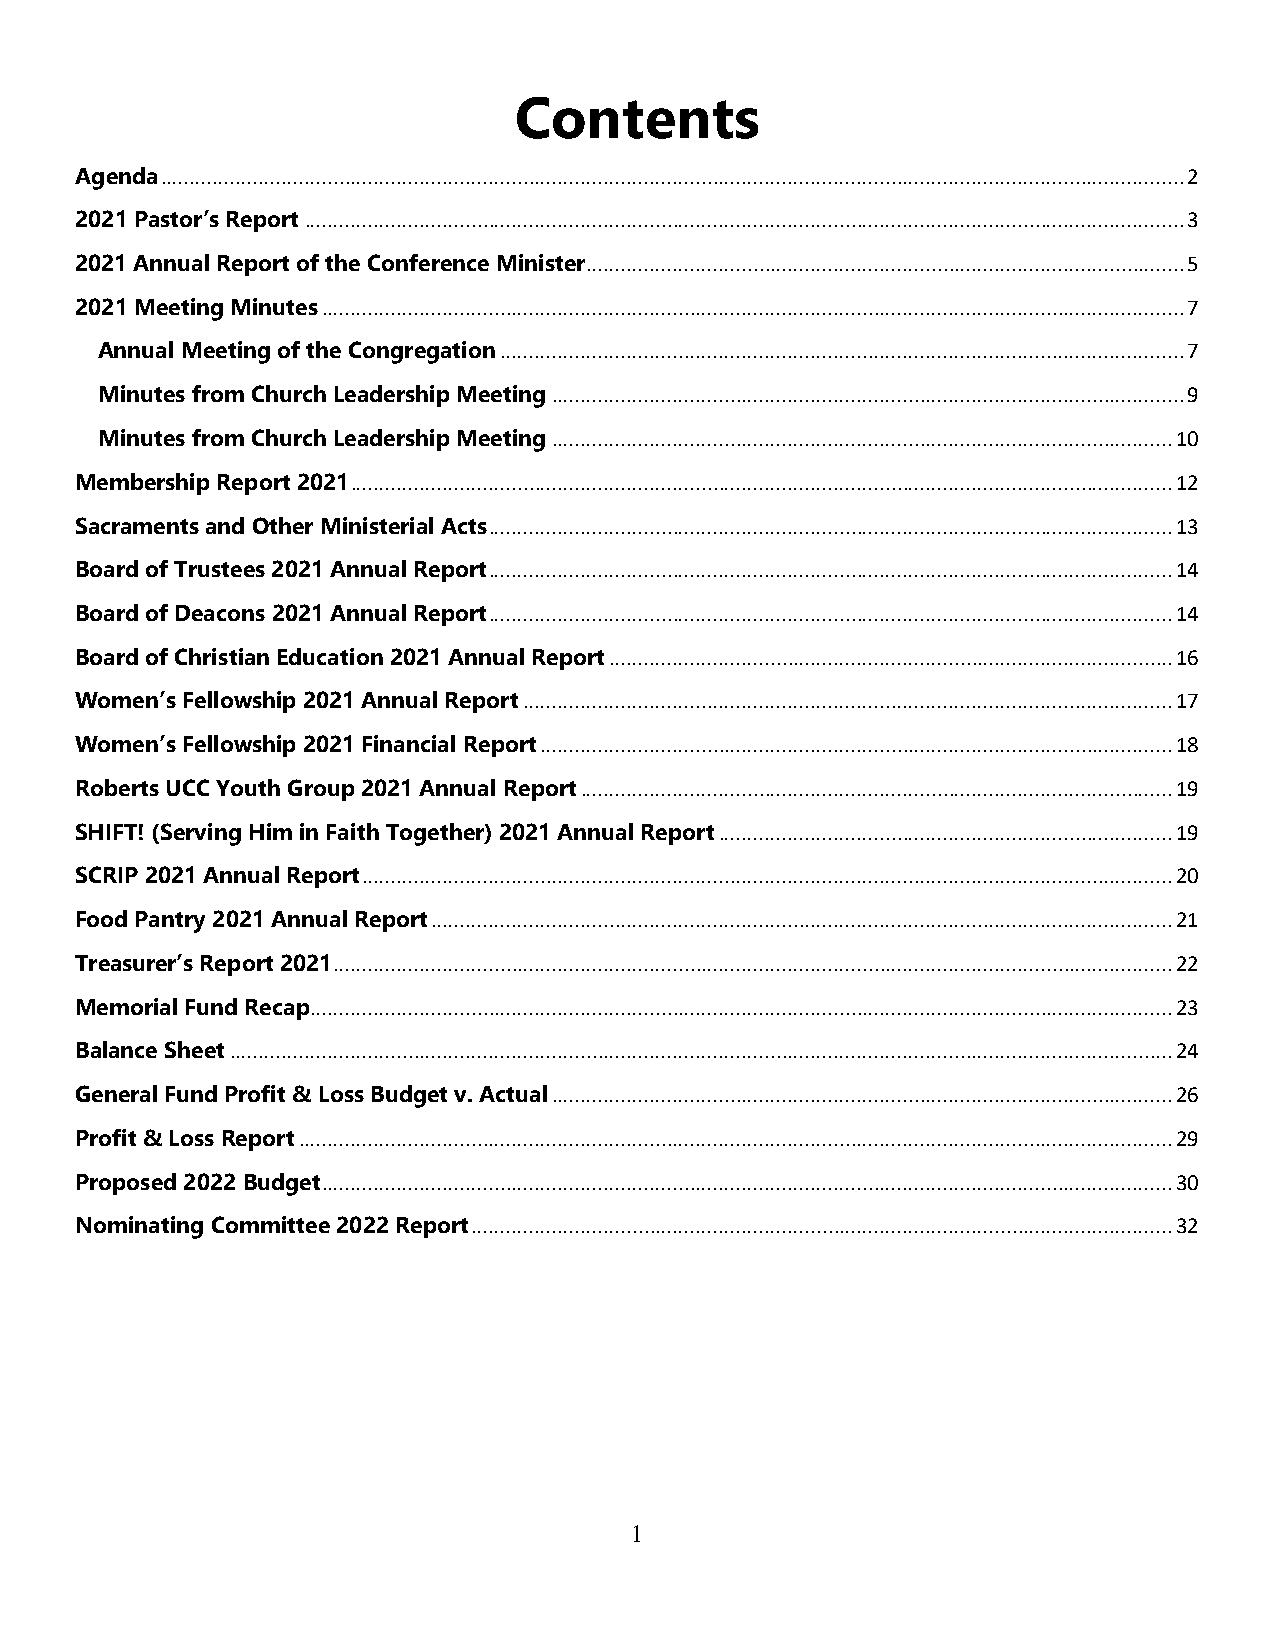
Contents
 Agenda .................................................................................................................................................................................. 2
 2021 Pastor’s Report ......................................................................................................................................................... 3
 2021 Annual Report of the Conference Minister ........................................................................................................ 5
 2021 Meeting Minutes ...................................................................................................................................................... 7
 Annual Meeting of the Congregation ....................................................................................................................... 7
 Minutes from Church Leadership Meeting .............................................................................................................. 9
 Minutes from Church Leadership Meeting ............................................................................................................ 10
 Membership Report 2021 ............................................................................................................................................... 12
 Sacraments and Other Ministerial Acts ....................................................................................................................... 13
 Board of Trustees 2021 Annual Report ....................................................................................................................... 14
 Board of Deacons 2021 Annual Report ....................................................................................................................... 14
 Board of Christian Education 2021 Annual Report .................................................................................................. 16
 Women’s Fellowship 2021 Annual Report ................................................................................................................. 17
 Women’s Fellowship 2021 Financial Report .............................................................................................................. 18
 Roberts UCC Youth Group 2021 Annual Report ....................................................................................................... 19
 SHIFT! (Serving Him in Faith Together) 2021 Annual Report ............................................................................... 19
 SCRIP 2021 Annual Report ............................................................................................................................................. 20
 Food Pantry 2021 Annual Report ................................................................................................................................. 21
 Treasurer’s Report 2021 .................................................................................................................................................. 22
 Memorial Fund Recap ...................................................................................................................................................... 23
 Balance Sheet .................................................................................................................................................................... 24
 General Fund Profit & Loss Budget v. Actual ............................................................................................................ 26
 Profit & Loss Report ........................................................................................................................................................ 29
 Proposed 2022 Budget .................................................................................................................................................... 30
 Nominating Committee 2022 Report .......................................................................................................................... 32
 1